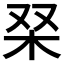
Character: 𭩞